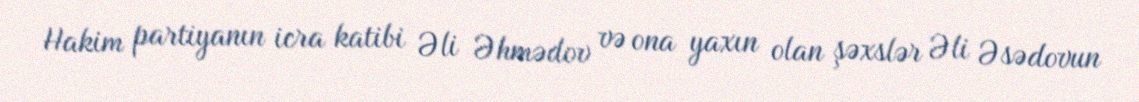
Hakim partiyanın icra katibi Əli Əhmədov və ona yaxın olan şəxslər Əli Əsədovun